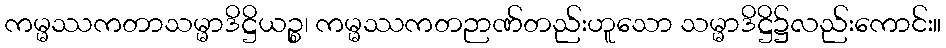
ကမ္မဿကတာသမ္မာဒိဋ္ဌိယဉ္စ၊ ကမ္မဿကတဉာဏ်တည်းဟူသော သမ္မာဒိဋ္ဌိ၌လည်းကောင်း။